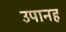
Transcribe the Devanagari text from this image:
उपानह